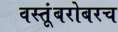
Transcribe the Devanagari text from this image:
वस्तूंबरोबरच